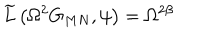
\widetilde { L } \left( \Omega ^ { 2 } G _ { M N } , \psi \right) = \Omega ^ { 2 \beta }